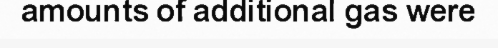
amounts of additional gas were